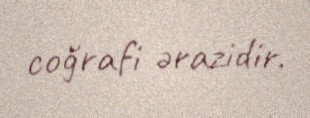
coğrafi ərazidir.